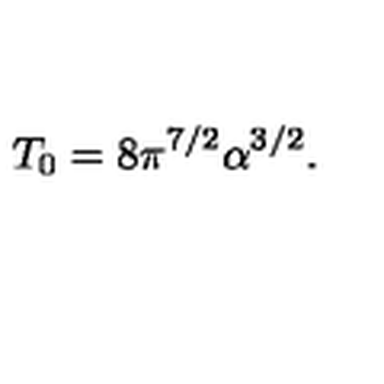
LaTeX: T _ { 0 } = 8 \pi ^ { 7 / 2 } \alpha ^ { 3 / 2 } .